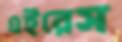
এইরেস